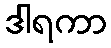
ဒါရကာ